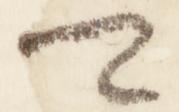
卿